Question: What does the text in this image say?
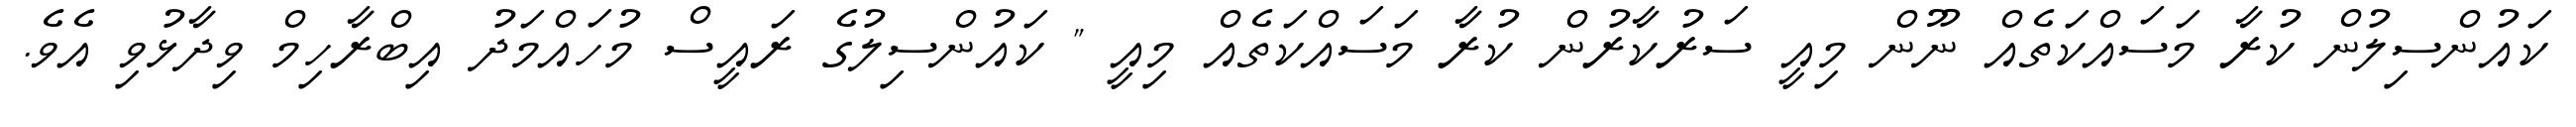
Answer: ކައުންސިލުން ކުރާ މަސައްކަތެއް ނޫން މިއީ ސަރުކާރުން ކުރާ މަސައްކަތެއް މިއީ " ކައުންސިލުގެ ރައީސް މުހައްމަދު އިބްރާހިމް ވިދާޅުވި އެވެ.